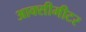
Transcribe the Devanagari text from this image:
आक्सीमीटर